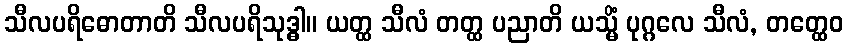
သီလပရိဓောတာတိ သီလပရိသုဒ္ဓါ။ ယတ္ထ သီလံ တတ္ထ ပညာတိ ယသ္မိံ ပုဂ္ဂလေ သီလံ, တတ္ထေဝ